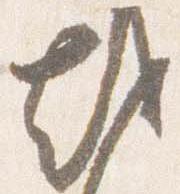
越